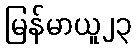
မြန်မာယူ၂၃